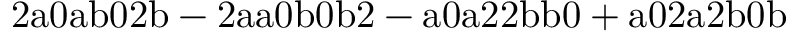
\mathrm { 2 a 0 a b 0 2 b - 2 a a 0 b 0 b 2 - a 0 a 2 2 b b 0 + a 0 2 a 2 b 0 b }